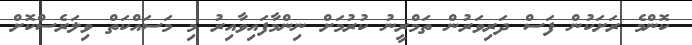
ކޮންމެ ރަށަކުން ފަސް ދަރިވަރުން ތަމްރީނު ކުރުމަށް ނިންމާފައިވާއިރު މި މަސައްކަތް ވިލަރެސްކޮށް